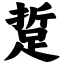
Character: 踅